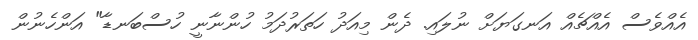
އެއްވެސް އެއްޗެއް އަނގަޔަށް ނުލައި. ދެން މިއަދު ހަތަރުދަމު ހުންނާނީ ހުސްބަނޑާ" އަންހެނުން